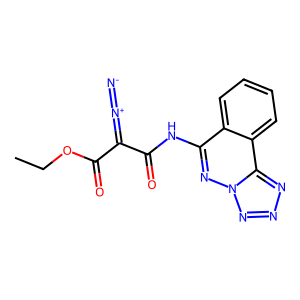
SMILES: CCOC(=O)C(=[N+]=[N-])C(=O)Nc1nn2nnnc2c2ccccc12
Inhibits HIV replication: No